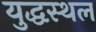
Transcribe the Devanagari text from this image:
युद्धस्‍थल